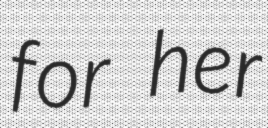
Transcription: for her